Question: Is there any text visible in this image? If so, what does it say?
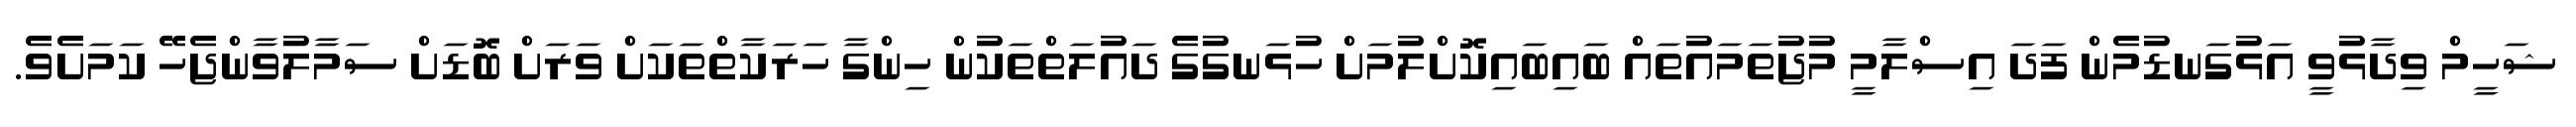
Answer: ޝަހީމް ވިދާޅުވީ އަޅުގަނޑުމެން ފަދަ އިސްލާމީ މުޖުތަމައުތައް ބައިބައިކޮށްލުމަށް ހުޅަނގުގެ ދައުލަތްތަކުން ހިންގާ ހަރަކާތްތަކަށް ވަރަށް ބޮޑަށް ސަމާލުވާންޖެހޭ ކަމަށެވެ.